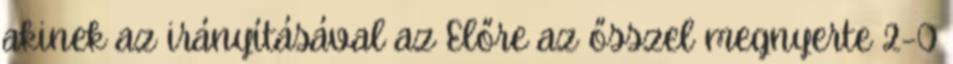
akinek az irányításával az Előre az ősszel megnyerte 2–0